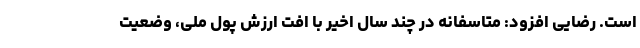
است. رضایی افزود: متاسفانه در چند سال اخیر با افت ارزش پول ملی، وضعیت